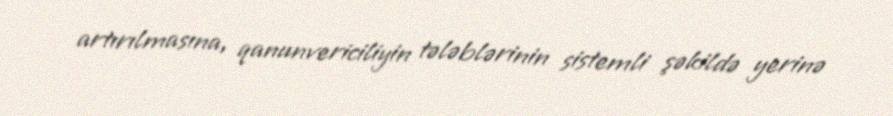
artırılmasına, qanunvericiliyin tələblərinin sistemli şəkildə yerinə